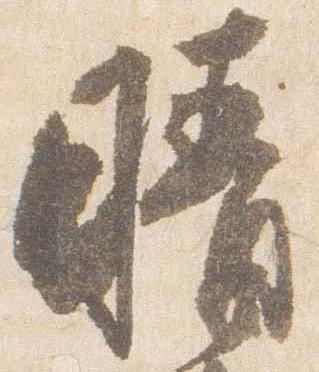
晴